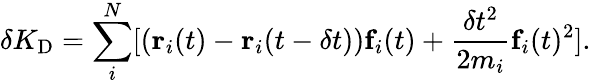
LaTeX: \delta K_{\textrm{D}}=\sum_{i}^{N}[(\textbf{r}_{i}(t)-\textbf{r}_{i}(t-\delta t))\textbf{f}_{i}(t)+\frac{\delta t^{2}}{2m_{i}}\textbf{f}_{i}(t)^{2}].